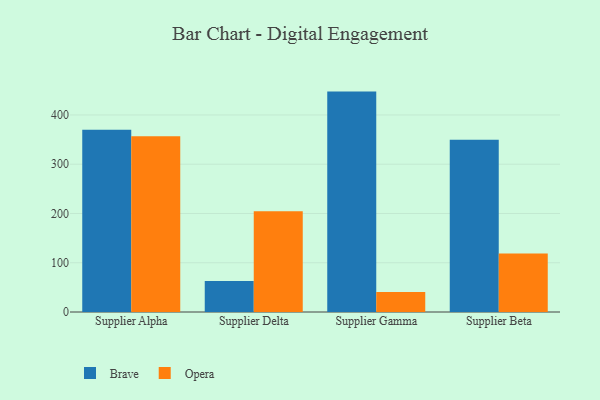
{"axis": {"x": "Supplier", "y": "Net Income (USD K)"}, "legend": ["Brave", "Opera"], "data": [{"x": "Supplier Alpha", "y": 370.1, "type": "Brave"}, {"x": "Supplier Alpha", "y": 356.9, "type": "Opera"}, {"x": "Supplier Delta", "y": 63.1, "type": "Brave"}, {"x": "Supplier Delta", "y": 204.4, "type": "Opera"}, {"x": "Supplier Gamma", "y": 447.4, "type": "Brave"}, {"x": "Supplier Gamma", "y": 40.5, "type": "Opera"}, {"x": "Supplier Beta", "y": 349.5, "type": "Brave"}, {"x": "Supplier Beta", "y": 118.8, "type": "Opera"}]}